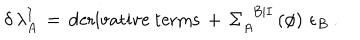
\delta \, \lambda _ { A } ^ { I } \, = \, \mathrm { d e r i v a t i v e ~ t e r m s } \, + \, \Sigma _ { A } ^ { \phantom { A } B \vert I } \left( \phi \right) \, \epsilon _ { B } ~ .